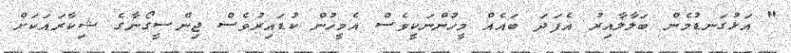
" އަޅުގަނޑުމެން ބަލާލާއިރު އެފަދަ ބައެއް މީހުންނަކީވެސް އެމީހުން ކުޑައިރުވެސް ޖިންސީގޯނާގެ ޝިކާރައަކަށް